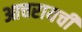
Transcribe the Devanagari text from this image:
आचरायची